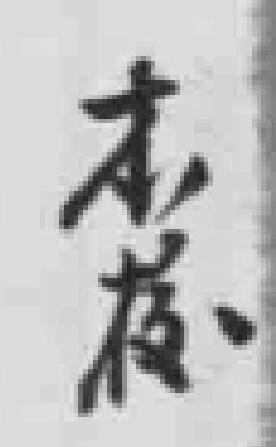
本校